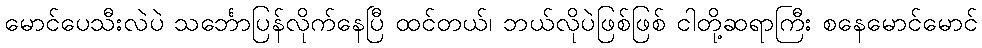
မောင်ပေသီးလဲပဲ သင်္ဘောပြန်လိုက်နေပြီ ထင်တယ်၊ ဘယ်လိုပဲဖြစ်ဖြစ် ငါတို့ဆရာကြီး စနေမောင်မောင်